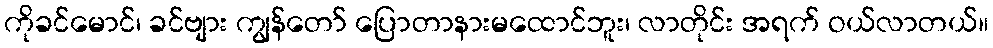
ကိုခင်မောင်၊ ခင်ဗျား ကျွန်တော် ပြောတာနားမထောင်ဘူး၊ လာတိုင်း အရက် ဝယ်လာတယ်။